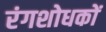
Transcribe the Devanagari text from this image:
रंगशोधकों